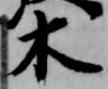
木